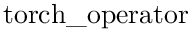
\operatorname { t o r c h \_ o p e r a t o r }